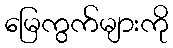
မြေကွက်များကို